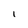
Character: i